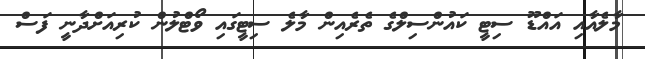
މާލެއާއި އައްޑޫ ސިޓީ ކައުންސިލްގެ ތެރެއިން މާލެ ސިޓީގައި ވޯޓްލުން ކުރިއަށްދާނީ ފަސް